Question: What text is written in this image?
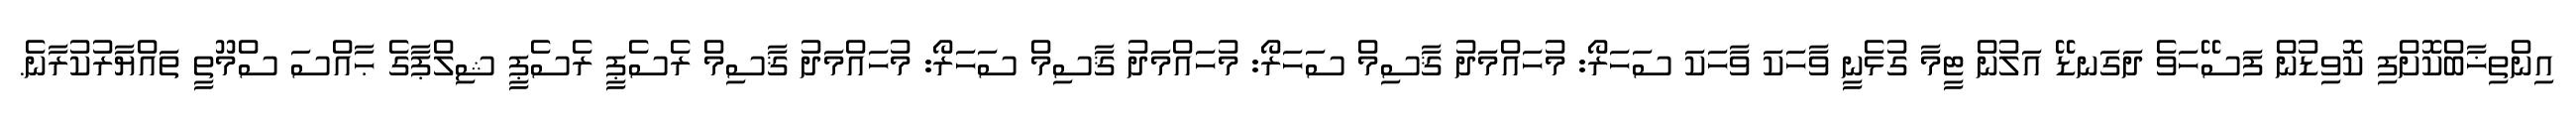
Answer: އިންތިޚާބްކޮށްފި ކޮވިޑުން ފަސޭހަވެ ދަގަނޑޭ އަލުން ޓީމާ ގުޅެނީ ވާހަކަ ވާހަކަ ސަހަރޯ: މުހައްމަދު ޤާސިމް ސަހަރޯ: މުހައްމަދު ޤާސިމް ސަހަރޯ: މުހައްމަދު ޤާސިމް ރެސެޕީ ރެސެޕީ ޝިލްޕާގެ ޙާއްސަ ސްމޫތީ ތައްޔާރުކުރާނެ.